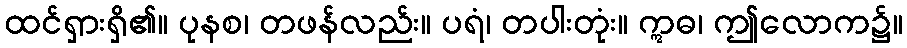
ထင်ရှားရှိ၏။ ပုနစ၊ တဖန်လည်း။ ပရံ၊ တပါးတုံး။ ဣဓ၊ ဤလောက၌။